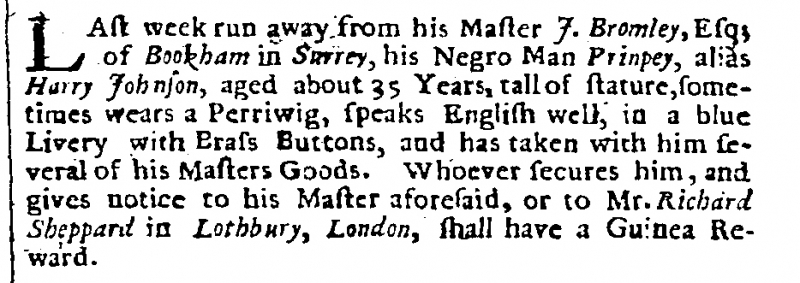
Flying Post or The Post Master, 10 August 1700 (England)
LAst week run away from his Master J. Bromley, Esq; of Bookham in Surrey, his Negro Man Prinpey, alias Harry Johnson, aged about 35 Years, tall of stature, sometimes wears a Perriwig, speaks English well, in a blue Livery with Brass Buttons, and has taken with him several of his Masters Goods. Whoever secures him, and gives notice to his Master aforesaid, or to Mr. Richard Sheppard in Lothbury, London, shall have a Guinea Reward.